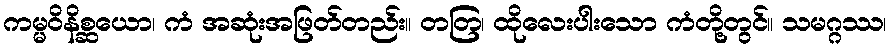
ကမ္မဝိနိစ္ဆယော၊ ကံ အဆုံးအဖြတ်တည်း။ တတြ၊ ထိုလေးပါးသော ကံတို့တွင်။ သမဂ္ဂဿ၊